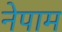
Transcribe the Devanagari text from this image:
नेपाम